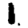
Digit: 1